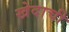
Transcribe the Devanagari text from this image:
खेदाची